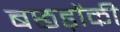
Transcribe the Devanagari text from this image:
बछड़ोंकी